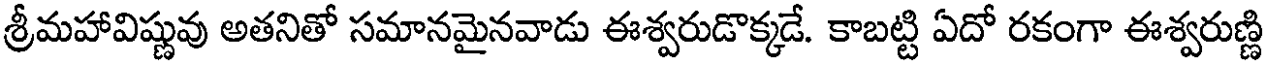
శ్రీమహావిష్ణువు అతనితో సమానమైనవాడు ఈశ్వరుడొక్కడే. కాబట్టి ఏదో రకంగా ఈశ్వరుణ్ణి